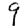
Digit: 9